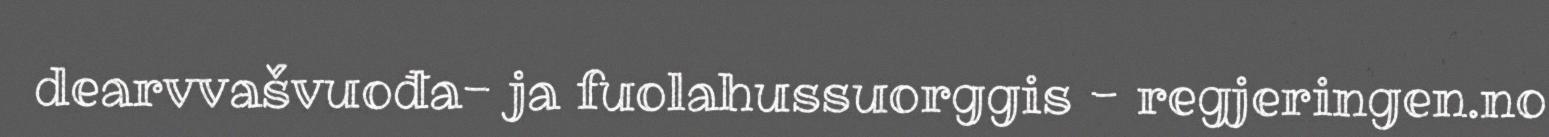
dearvvašvuođa- ja fuolahussuorggis - regjeringen.no